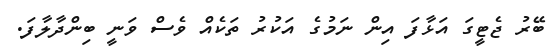
ބޭރު ޖެޓީގަ އަޅާފަ އިން ނަމުގެ އަކުރު ތަކެއް ވެސް ވަނީ ބިންދާލާފަ.